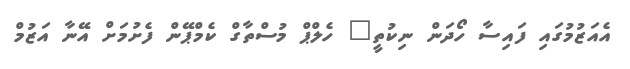
އެއަޒުމުގައި ފައިސާ ހޯދަން ނިކުތީ" ހެލްޕް މުސްތާގް ކެމްޕޭން ފެށުމަށް އޭނާ އަޒުމް